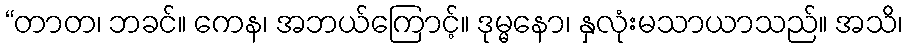
“တာတ၊ ဘခင်။ ကေန၊ အဘယ်ကြောင့်။ ဒုမ္မနော၊ နှလုံးမသာယာသည်။ အသိ၊